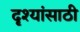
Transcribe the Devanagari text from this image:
दृश्यांसाठी